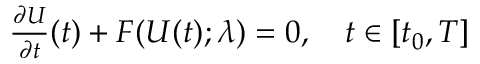
\begin{array} { r } { \frac { \partial U } { \partial t } ( t ) + F ( U ( t ) ; \lambda ) = 0 , \quad t \in [ t _ { 0 } , T ] } \end{array}